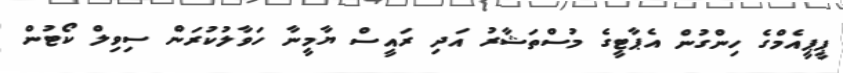
ޕީޕީއެމްގެ ހިންގުން އެޕާޓީގެ މުސްތަޝާރު އަދި ރައީސް ޔާމީނާ ހަވާލުކުރަން ސިވިލް ކޯޓުން